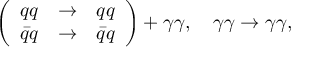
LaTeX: \left( \begin{array} { c c c } { { q q } } & { { \to } } & { { q q } } \\ { { \bar { q } q } } & { { \to } } & { { \bar { q } q } } \end{array} \right) + \gamma \gamma , \quad \gamma \gamma \to \gamma \gamma ,